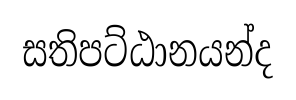
සතිපට්ඨානයන්ද